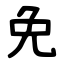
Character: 免